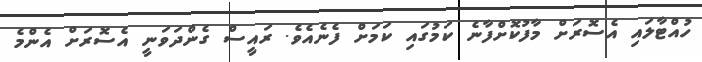
ހުއްޓާލައި އެސޮރަށް މާފުކޮށްފާނެ ކަމުގައި ކަމަށް ފެނެއެވެ. ރައީސް ގެންދަވަނީ އެސޮރަށް އެންމެ